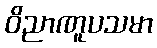
ဝိညာဏူပသမာ